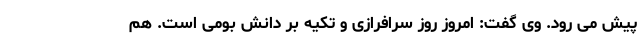
پیش می رود. وی گفت: امروز روز سرافرازی و تکیه بر دانش بومی است. هم